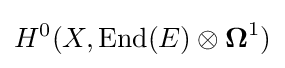
H^{0}(X,\operatorname {End} (E)\otimes {\boldsymbol {\Omega }}^{1})